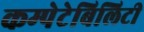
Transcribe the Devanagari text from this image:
कम्पेटेबिलिटी